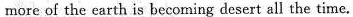
more of the earth is becoming desert all the time.